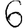
Digit: 6